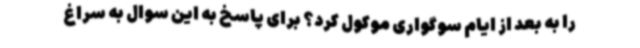
را به بعد از ایام سوگواری موکول کرد؟ برای پاسخ به این سوال به سراغ